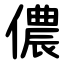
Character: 儂